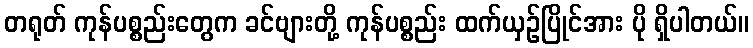
တရုတ် ကုန်ပစ္စည်းတွေက ခင်ဗျားတို့ ကုန်ပစ္စည်း ထက်ယှဉ်ပြိုင်အား ပို ရှိပါတယ်။